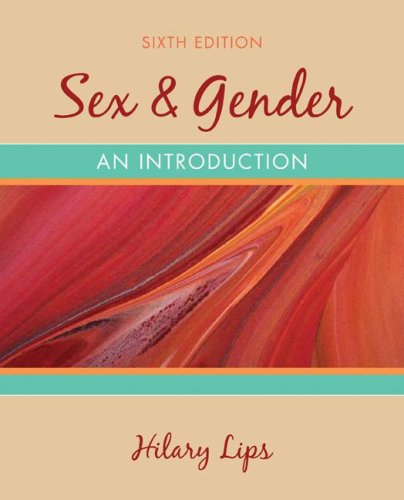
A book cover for Sex & Gender; Hilary M Lips; Medical Books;